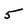
Character: 5